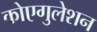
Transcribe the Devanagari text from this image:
कोएगुलेशन